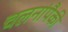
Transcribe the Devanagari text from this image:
चलनांपैकी